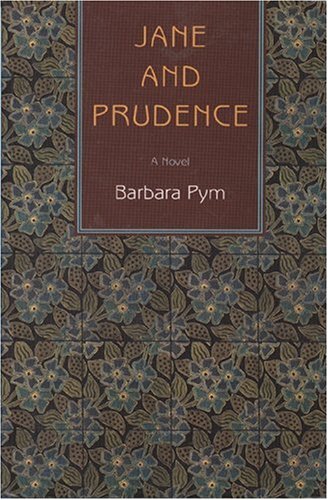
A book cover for Jane and Prudence; Barbara Pym; Literature & Fiction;